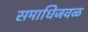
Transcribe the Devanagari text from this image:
समाधिजवळ